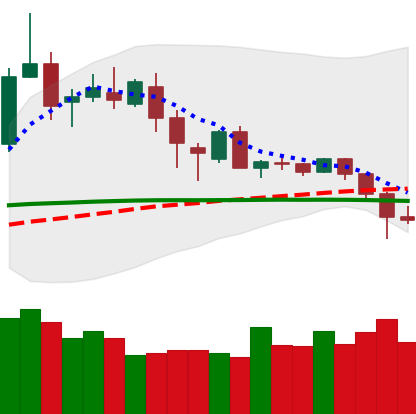
Ticker: DOGE-USD
Chart end date: 2020-02-27
Forward return: 7.53%
Label: up_7plus